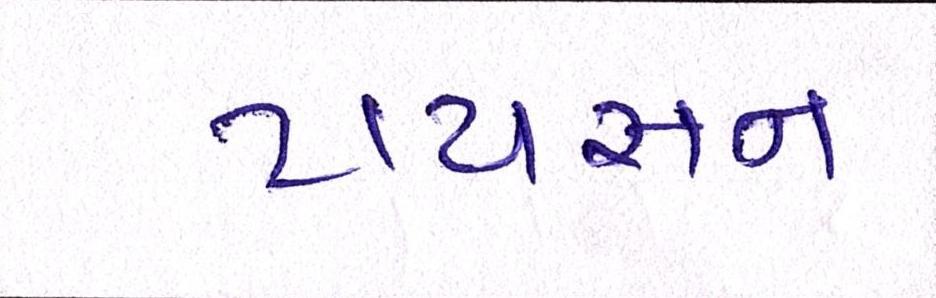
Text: ટાયસન